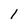
Character: l